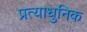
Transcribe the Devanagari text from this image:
प्रत्याधुनिक